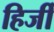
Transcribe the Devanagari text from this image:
हिर्जी